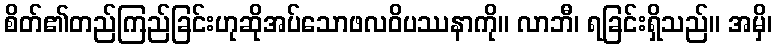
စိတ်၏တည်ကြည်ခြင်းဟုဆိုအပ်သောဖလဝိပဿနာကို။ လာဘီ၊ ရခြင်းရှိသည်။ အမှိ၊